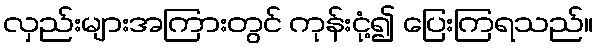
လှည်းများအကြားတွင် ကုန်းငုံ့၍ ပြေးကြရသည်။